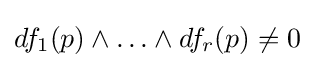
df_{1}(p)\wedge \ldots \wedge df_{r}(p)\neq 0